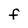
Character: f